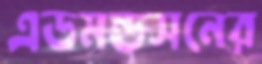
এডমন্ডসনের